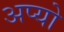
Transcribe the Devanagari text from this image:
अप्यो